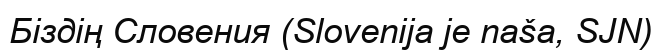
Біздің Словения (Slovenija je naša, SJN)